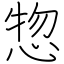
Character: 惣